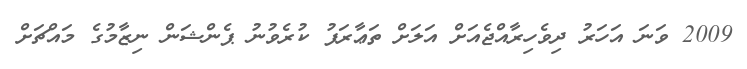
2009 ވަނަ އަހަރު ދިވެހިރާއްޖެއަށް އަލަށް ތަޢާރަފު ކުރެވުނު ޕެންޝަން ނިޒާމުގެ މައްޗަށް